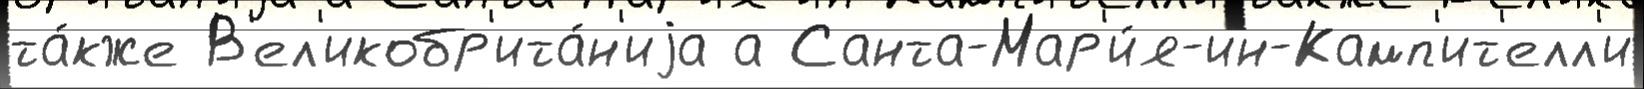
та́кже В'ел'икобр'ита́н'иjа а Санта-Мар'и́я-ин-Камп'ит'елл'и